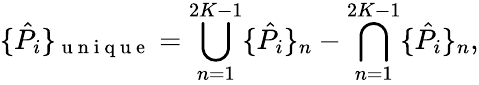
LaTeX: \{ \hat{P}_{i}\} _{\mathrm{~u~n~i~q~u~e~}}=\bigcup_{n=1}^{2K-1}\{ \hat{P}_{i}\} _{n}-\bigcap_{n=1}^{2K-1}\{ \hat{P}_{i}\} _{n},